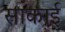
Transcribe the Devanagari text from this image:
साकाई